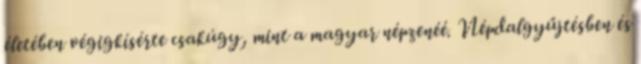
életében végigkísérte csakúgy, mint a magyar népzenéé. Népdalgyűjtésben és